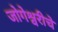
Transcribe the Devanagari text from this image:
जोगेश्वरीचे